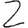
Digit: 2